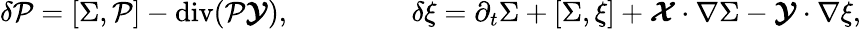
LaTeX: \delta{\cal P}=[\Sigma,{\cal P}]-\operatorname{div}({\cal P}\boldsymbol{\cal Y}),\qquad\qquad\ \delta\xi=\partial_{t}\Sigma+[\Sigma,\xi]+\boldsymbol{\cal X}\cdot\nabla\Sigma-\boldsymbol{\cal Y}\cdot\nabla\xi,